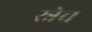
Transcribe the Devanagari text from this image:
स्नेच